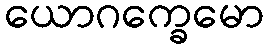
ယောဂက္ခေမော